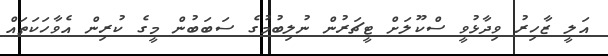
އަލީ ޒާހިރު ވިދާޅުވީ ސްކޫލަށް ޓީޗަރުން ނުލިބުމުގެ ސަބަބުން މީގެ ކުރިން އެވާހަކަތައް